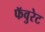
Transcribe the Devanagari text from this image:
फॅवुरेट